Indian journal of veterinary science and animal husbandry - Volumes 18-21, 1948-1951
Year: 1948
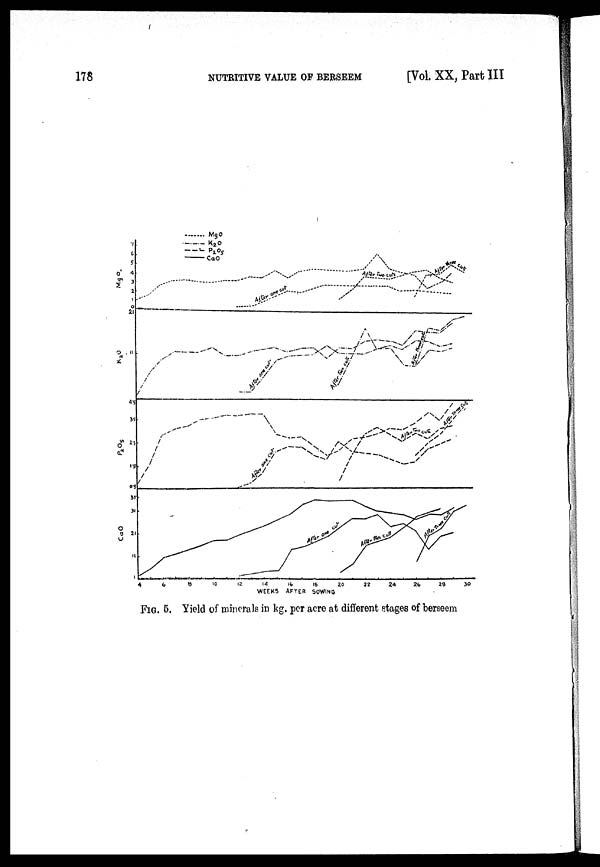
178
NUTRITIVE VALUE OF BERSEEM
[Vol. XX, Part III
FIG. 5. Yield of minerals in kg. per acre at different stages of berseem